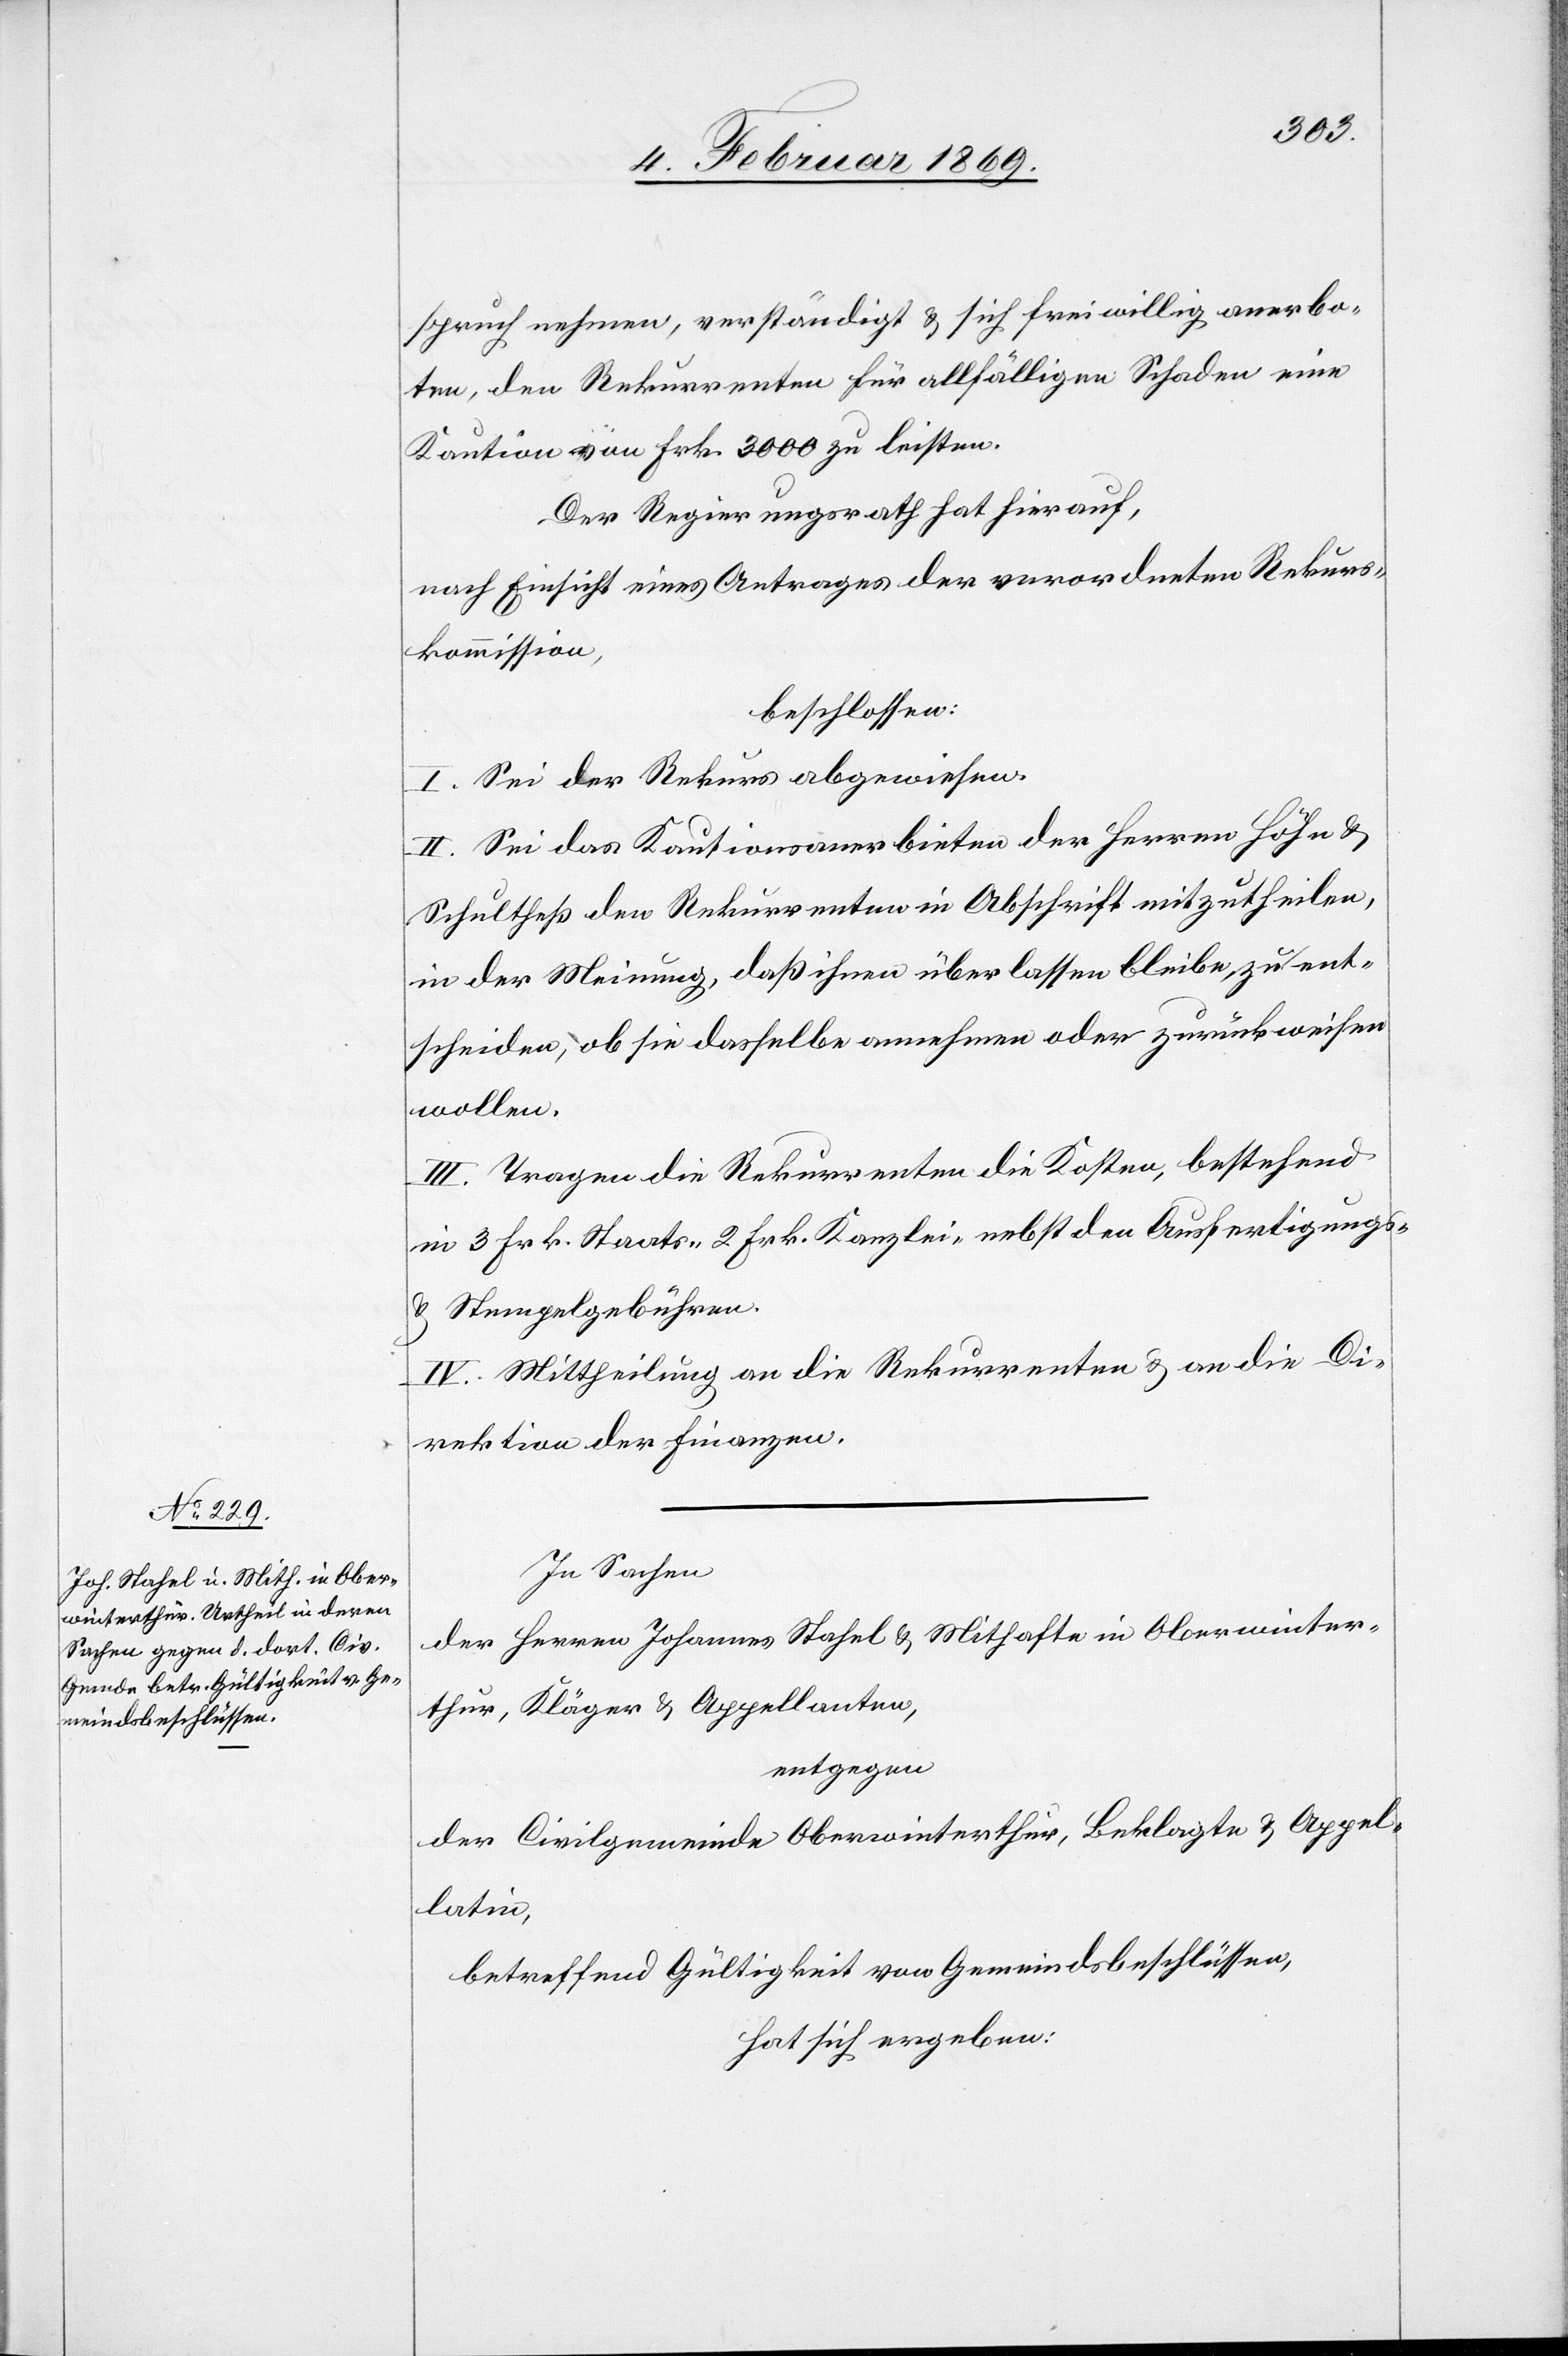
In Sachen
der Herren Johannes Stahel u. Mithafte in Oberwinter¬
thur, Kläger u. Appellanten,
entgegen
der Civilgemeinde Oberwinterthur, Beklagte u. Appel¬
latin,
betreffend Gültigkeit von Gemeindsbeschlüssen,
hat sich ergeben: